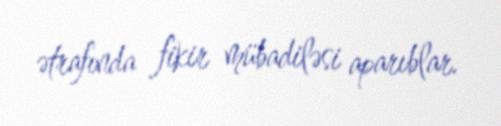
ətrafında fikir mübadiləsi aparıblar.